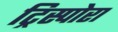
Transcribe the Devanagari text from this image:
ट्रिस्पोरा